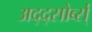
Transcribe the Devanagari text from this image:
अद्द्सोर्ब्स्